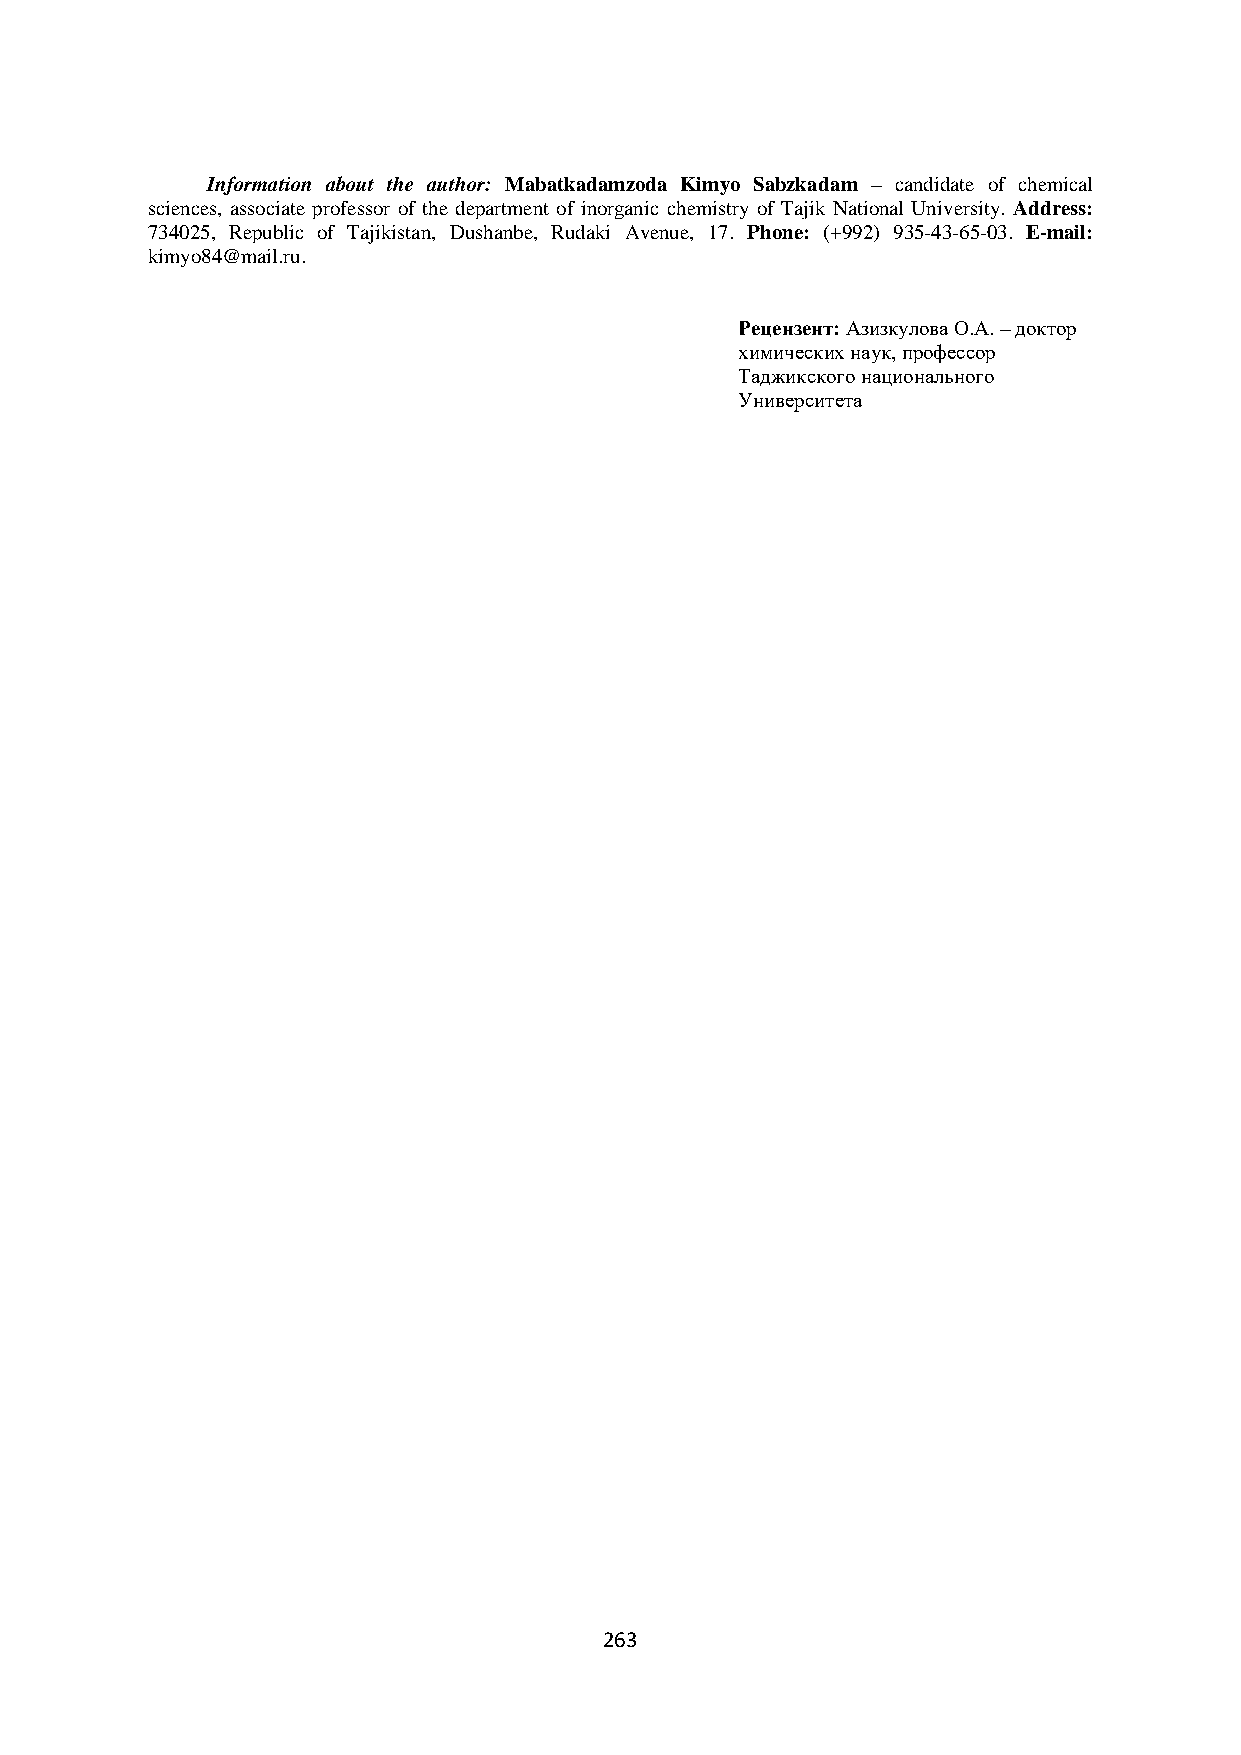
Information about the author: Mabatkadamzoda Kimyo Sabzkadam – candidate of chemical
 sciences, associate professor of the department of inorganic chemistry of Tajik National University. Address:
 734025, Republic of Tajikistan, Dushanbe, Rudaki Avenue, 17. Phone: (+992) 935-43-65-03. E-mail:
 kimyo84@mail.ru.
 Рецензент: Азизкулова О.А. – доктор
 химических наук, профессор
 Таджикского национального
 Университета
 263